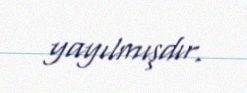
yayılmışdır.